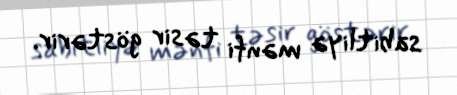
sabitliyə mənfi təsir göstərir.